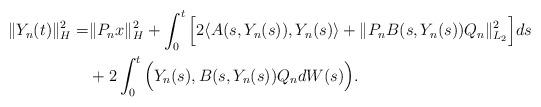
LaTeX: \begin{align*}\Vert Y_n(t) \Vert_H^2 = & \Vert P_n x \Vert_H^2 + \int_0^t \Big[ 2\langle A(s, Y_n(s)), Y_n(s) \rangle +\Vert P_n B(s,Y_n(s))Q_n \Vert_{L_2}^2 \Big] ds \\& + 2\int_0^t \Big( Y_n(s), B(s,Y_n(s))Q_n dW(s) \Big) .\end{align*}